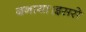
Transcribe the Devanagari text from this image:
बनाया।इससे